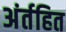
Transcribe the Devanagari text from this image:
अंर्तहित